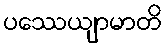
ပဿေယျာမာတိ